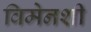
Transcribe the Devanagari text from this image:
विमेनशी